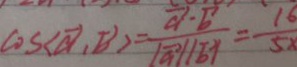
\cos < \overrightarrow { a } , \overrightarrow { b } > = \frac { \overrightarrow { a } \cdot \overrightarrow { b } } { \vert \overrightarrow { a } / / \overrightarrow { b } \vert } = \frac { 1 6 } { 5 x }